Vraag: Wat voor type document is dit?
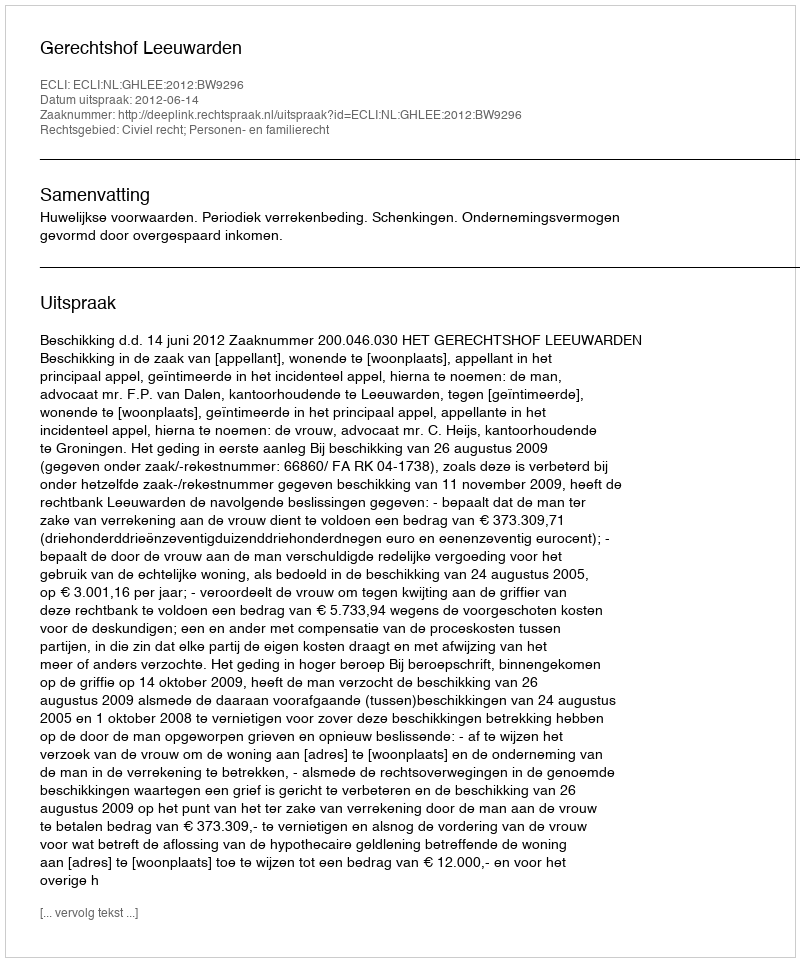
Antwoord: Uitspraak